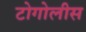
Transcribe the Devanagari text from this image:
टोगोलीस